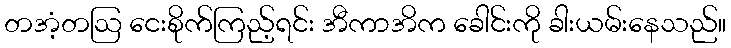
တအံ့တဩ ငေးစိုက်ကြည့်ရင်း အီကာအိက ခေါင်းကို ခါးယမ်းနေသည်။